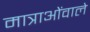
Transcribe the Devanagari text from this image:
मात्राओंवाले